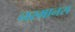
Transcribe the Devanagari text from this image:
नरमानस